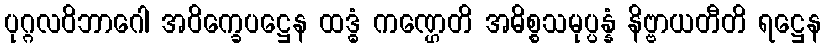
ပုဂ္ဂလဝိဘာဂေါ အဝိက္ခေပဋ္ဌေန ထဒ္ဓံ ကဏ္ဌေတိ အဓိစ္စသမုပ္ပန္နံ နိဗ္ဗာယတီတိ ရဋ္ဌေန